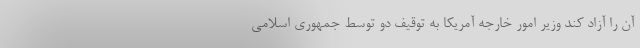
آن را آزاد کند وزیر امور خارجه آمریکا به توقیف دو توسط جمهوری اسلامی